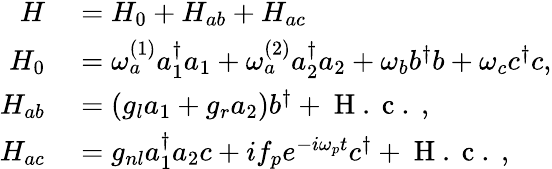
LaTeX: \begin{array}{rl}{H}&{{}=H_{0}+H_{ab}+H_{ac}}\\ {H_{0}}&{{}=\omega_{a}^{(1)}a_{1}^{\dagger}a_{1}+\omega_{a}^{(2)}a_{2}^{\dagger}a_{2}+\omega_{b}b^{\dagger}b+\omega_{c}c^{\dagger}c,}\\ {H_{ab}}&{{}=(g_{l}a_{1}+g_{r}a_{2})b^{\dagger}+\mathrm{~H~.~c~.~},}\\ {H_{ac}}&{{}=g_{nl}a_{1}^{\dagger}a_{2}c+if_{p}e^{-i\omega_{p}t}c^{\dagger}+\mathrm{~H~.~c~.~},}\end{array}